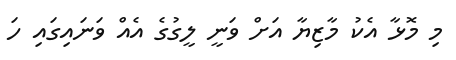
މި މޮޅާ އެކު މާޒިޔާ އަށް ވަނީ ލީގުގެ އެއް ވަނައިގައި ހަ